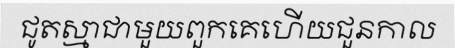
ជូតស្មាជាមួយពួកគេហើយជួនកាល